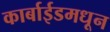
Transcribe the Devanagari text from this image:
कार्बाईडमधून